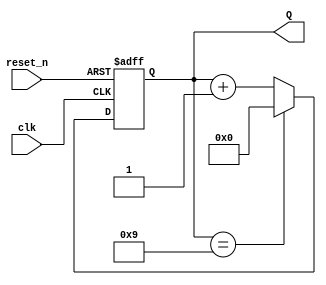
module BCD_Asynchronous_Counter (
    input wire clk,          // Clock input
    input wire reset_n,     // Asynchronous active-low reset signal
    output reg [3:0] Q      // 4-bit output representing the BCD count
);

    // Process triggered by the clock edge
    always @(posedge clk or negedge reset_n) begin
        if (!reset_n) begin
            // Asynchronous reset
            Q <= 4'b0000;     // Reset to 0
        end else begin
            // Counting logic
            if (Q == 4'b1001) begin
                Q <= 4'b0000; // Reset to 0 when count reaches 10 (1010)
            end else begin
                Q <= Q + 1;   // Increment the count
            end
        end
    end

endmodule